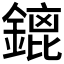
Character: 𨪡